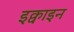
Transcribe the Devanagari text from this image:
इक्वाइन